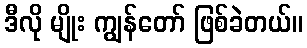
ဒီလို မျိုး ကျွန်တော် ဖြစ်ခဲတယ်။